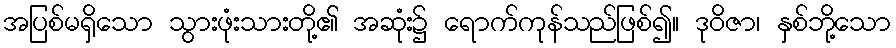
အပြစ်မရှိသော သွားဖုံးသားတို့၏ အဆုံး၌ ရောက်ကုန်သည်ဖြစ်၍။ ဒုဝိဇာ၊ နှစ်ဘို့သော